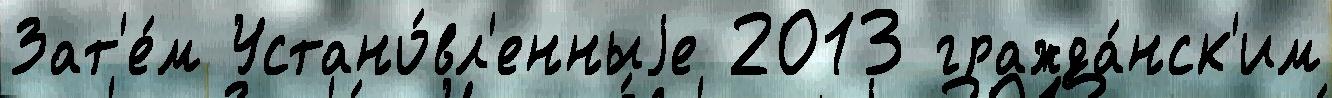
Зат'е́м Устано́вл'енныjе 2013 гражда́нск'им